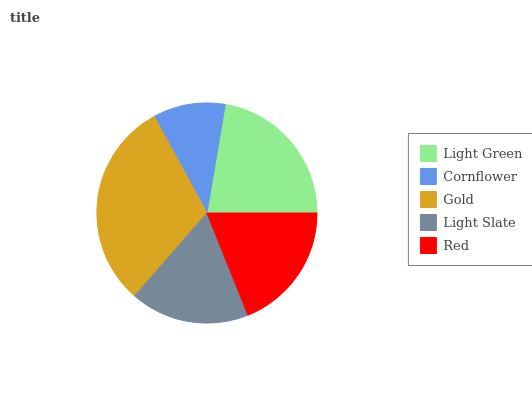
| Light Green | Cornflower | Gold | Light Slate | Red |
 | --- | --- | --- | --- | --- |
 | 22.3% | 10.6% | 30.6% | 17.5% | 19% |